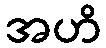
အဟိ